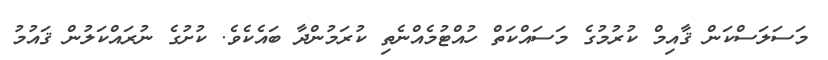
މަސަލަސްކަން ޤާއިމް ކުރުމުގެ މަސައްކަތް ހުއްޓުމެއްނެތި ކުރަމުންދާ ބައެކެވެ. ކުށުގެ ނުރައްކަލުން ޤައުމު